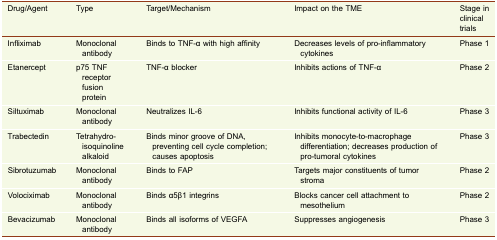
<table><thead><tr><td><b>Drug/Agent</b></td><td><b>Type</b></td><td><b>Target/Mechanism</b></td><td><b>Impact on the TME</b></td><td><b>Stage in clinical trials</b></td></tr></thead><tbody><tr><td>Infliximab</td><td>Monoclonal antibody</td><td>Binds to TNF-α with high affinity</td><td>Decreases levels of pro-inflammatory cytokines</td><td>Phase 1</td></tr><tr><td>Etanercept</td><td>p75 TNF receptor fusion protein</td><td>TNF-α blocker</td><td>Inhibits actions of TNF-α</td><td>Phase 2</td></tr><tr><td>Siltuximab</td><td>Monoclonal antibody</td><td>Neutralizes IL-6</td><td>Inhibits functional activity of IL-6</td><td>Phase 3</td></tr><tr><td>Trabectedin</td><td>Tetrahydro-isoquinoline alkaloid</td><td>Binds minor groove of DNA, preventing cell cycle completion; causes apoptosis</td><td>Inhibits monocyte-to-macrophage differentiation; decreases production of pro-tumoral cytokines</td><td>Phase 3</td></tr><tr><td>Sibrotuzumab</td><td>Monoclonal antibody</td><td>Binds to FAP</td><td>Targets major constituents of tumor stroma</td><td>Phase 2</td></tr><tr><td>Volociximab</td><td>Monoclonal antibody</td><td>Binds α5β1 integrins</td><td>Blocks cancer cell attachment to mesothelium</td><td>Phase 2</td></tr><tr><td>Bevacizumab</td><td>Monoclonal antibody</td><td>Binds all isoforms of VEGFA</td><td>Suppresses angiogenesis</td><td>Phase 3</td></tr></tbody></table>